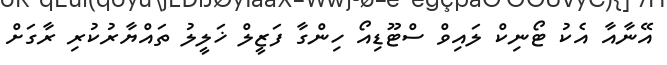
އޭނާއާ އެކު ޓޯނިކް ލައިވް ސްޓޫޑިއޯ ހިންގާ ފަޒީލް ޚަލީލު ތައްޔާރުކުރި ރާގަށް